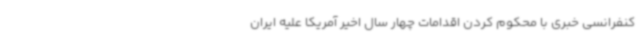
کنفرانسی خبری با محکوم کردن اقدامات چهار سال اخیر آمریکا علیه ایران